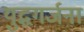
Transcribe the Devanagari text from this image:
युद्धगर्जना